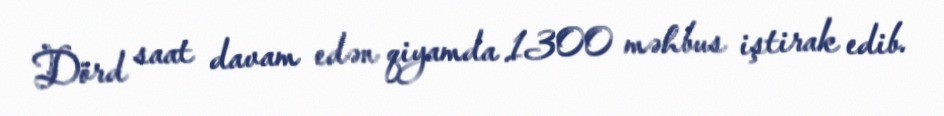
Dörd saat davam edən qiyamda 1300 məhbus iştirak edib.